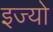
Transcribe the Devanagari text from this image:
इज्यो